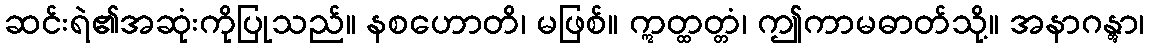
ဆင်းရဲ၏အဆုံးကိုပြုသည်။ နစဟောတိ၊ မဖြစ်။ ဣတ္ထတ္တံ၊ ဤကာမဓာတ်သို့။ အနာဂန္တွာ၊